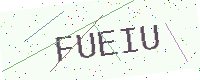
Text: FUEIU